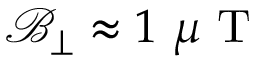
\mathcal { B } _ { \perp } \approx 1 ~ \mu \mathrm { ~ T ~ }